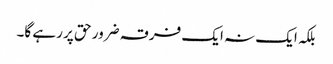
بلکہ ایک نہ ایک فرقہ ضرور حق پر رہے گا۔